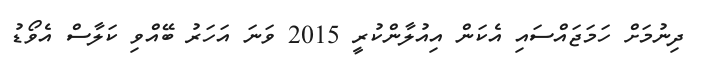
ދިނުމަށް ހަމަޖައްސައި އެކަން އިއުލާންކުރީ 2015 ވަނަ އަހަރު ބޭއްވި ކަލާސް އެވޯޑު